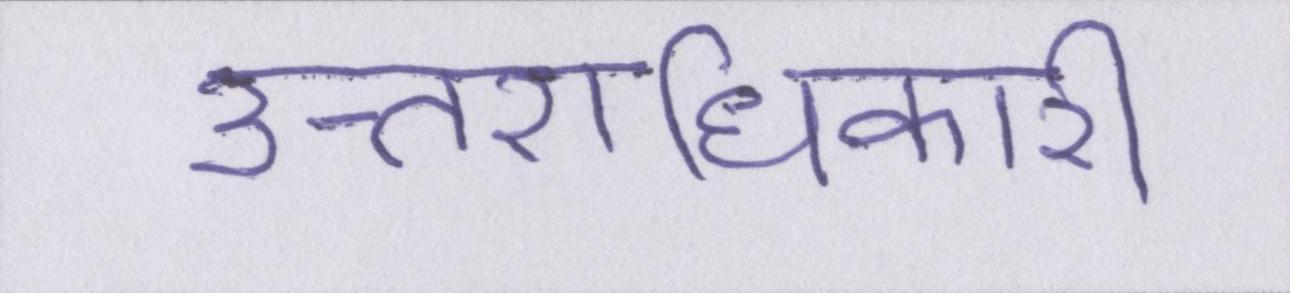
उत्तराधिकारी